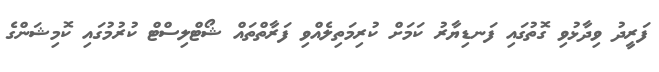
ފަރީދު ވިދާޅުވި ގޮތުގައި ފަނޑިޔާރު ކަމަށް ކުރިމަތިލެއްވި ފަރާތްތައް ޝޯޓްލިސްޓް ކުރުމުގައި ކޮމިޝަންގެ